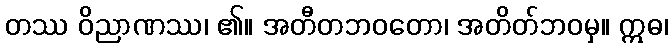
တဿ ဝိညာဏဿ၊ ၏။ အတီတဘဝတော၊ အတိတ်ဘဝမှ။ ဣဓ၊